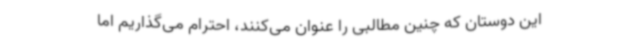
این دوستان که چنین مطالبی را عنوان می‌کنند، احترام می‌گذاریم اما